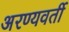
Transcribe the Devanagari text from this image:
अरण्यवर्ती